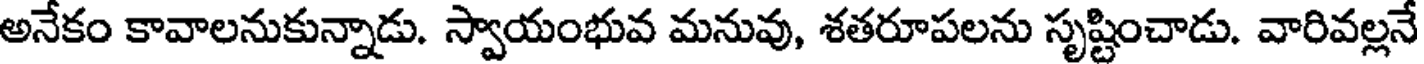
అనేకం కావాలనుకున్నాడు. స్వాయంభువ మనువు, శతరూపలను సృష్టించాడు. వారివల్లనే